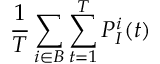
\frac { 1 } { T } \sum _ { i \in B } \sum _ { t = 1 } ^ { T } P _ { I } ^ { i } ( t )